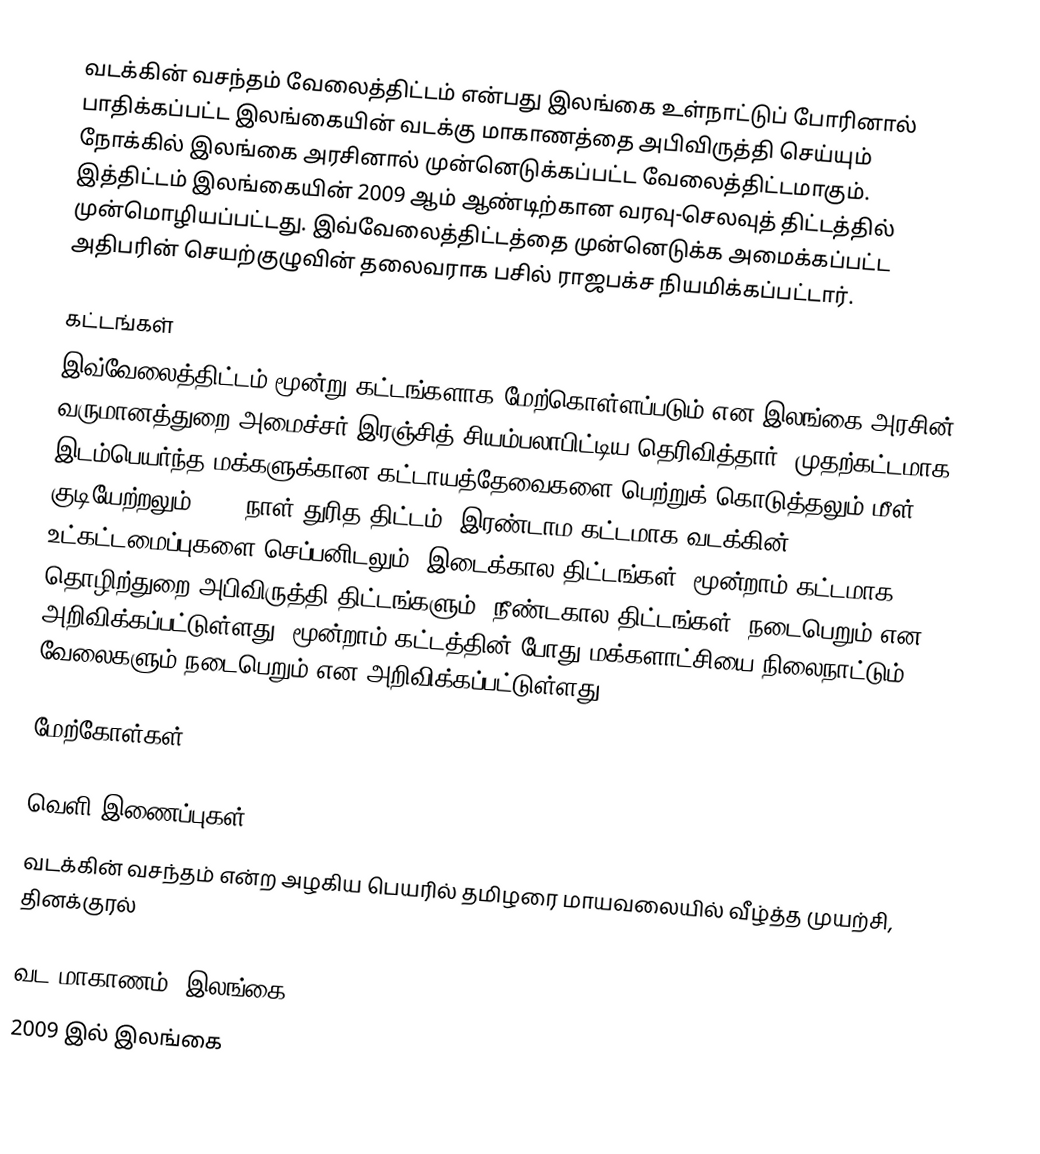
வடக்கின் வசந்தம் வேலைத்திட்டம் என்பது இலங்கை உள்நாட்டுப் போரினால் பாதிக்கப்பட்ட இலங்கையின் வடக்கு மாகாணத்தை அபிவிருத்தி செய்யும் நோக்கில் இலங்கை அரசினால் முன்னெடுக்கப்பட்ட வேலைத்திட்டமாகும். இத்திட்டம் இலங்கையின் 2009 ஆம் ஆண்டிற்கான வரவு-செலவுத் திட்டத்தில் முன்மொழியப்பட்டது. இவ்வேலைத்திட்டத்தை முன்னெடுக்க அமைக்கப்பட்ட அதிபரின் செயற்குழுவின் தலைவராக பசில் ராஜபக்ச நியமிக்கப்பட்டார்.

கட்டங்கள்
இவ்வேலைத்திட்டம் மூன்று கட்டங்களாக மேற்கொள்ளப்படும் என இலங்கை அரசின் வருமானத்துறை அமைச்சர் இரஞ்சித் சியம்பலாபிட்டிய தெரிவித்தார். முதற்கட்டமாக இடம்பெயர்ந்த மக்களுக்கான கட்டாயத்தேவைகளை பெற்றுக் கொடுத்தலும் மீள் குடியேற்றலும் (180 நாள் துரித திட்டம்) இரண்டாம கட்டமாக வடக்கின் உட்கட்டமைப்புகளை செப்பனிடலும் (இடைக்கால திட்டங்கள்) மூன்றாம் கட்டமாக தொழிற்துறை அபிவிருத்தி திட்டங்களும் (நீண்டகால திட்டங்கள்) நடைபெறும் என அறிவிக்கப்பட்டுள்ளது. மூன்றாம் கட்டத்தின் போது மக்களாட்சியை நிலைநாட்டும் வேலைகளும் நடைபெறும் என அறிவிக்கப்பட்டுள்ளது.

மேற்கோள்கள்

வெளி இணைப்புகள்
 வடக்கின் வசந்தம் என்ற அழகிய பெயரில் தமிழரை மாயவலையில் வீழ்த்த முயற்சி, தினக்குரல்

வட மாகாணம், இலங்கை
2009 இல் இலங்கை